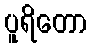
ပူရိတော